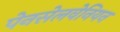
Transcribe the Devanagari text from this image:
पेनसेलवेनियन